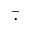
\bar { \cdot }